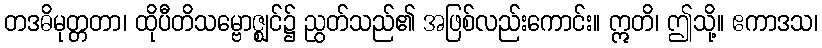
တဒဓိမုတ္တတာ၊ ထိုပီတိသမ္ဗောဇ္ဈင်၌ ညွတ်သည်၏ အဖြစ်လည်းကောင်း။ ဣတိ၊ ဤသို့။ ဧကာဒသ၊